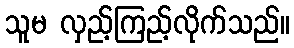
သူမ လှည့်ကြည့်လိုက်သည်။